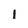
Character: I